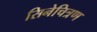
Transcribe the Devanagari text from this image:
सिनेचित्रण